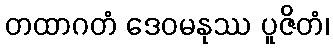
တထာဂတံ ဒေဝမနုဿ ပူဇိတံ၊